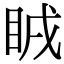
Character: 𥅜